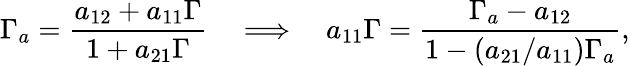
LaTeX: \Gamma_{a}=\frac{a_{12}+a_{11}\Gamma}{1+a_{21}\Gamma}\quad\Longrightarrow\quad a_{11}\Gamma=\frac{\Gamma_{a}-a_{12}}{1-(a_{21}/a_{11})\Gamma_{a}},